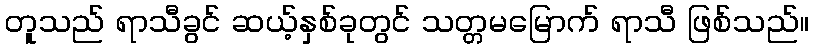
တူသည် ရာသီခွင် ဆယ့်နှစ်ခုတွင် သတ္တမမြောက် ရာသီ ဖြစ်သည်။